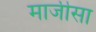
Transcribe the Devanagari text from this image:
माजीसा